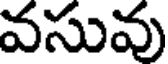
వసువు